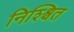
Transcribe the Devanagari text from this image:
निश्श्चित